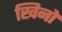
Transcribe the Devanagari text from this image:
खिनो